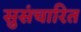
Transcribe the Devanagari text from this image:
सुसंचारित